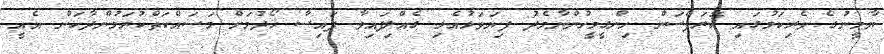
ޔާމީނުގެ ވެރިކަމުގައި ކޮރަޕްސަން ހިންގީމީހުންނާމެދު ފިޔަވަޅުއެޅި ގެއްލިފައިވާ ފައިސާ ހޯދުމަށް މަސައްކަތްކުރަމުންދާކަން އެއީ